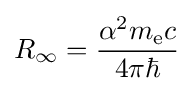
R_{\infty }={\frac {\alpha ^{2}m_{\text{e}}c}{4\pi \hbar }}